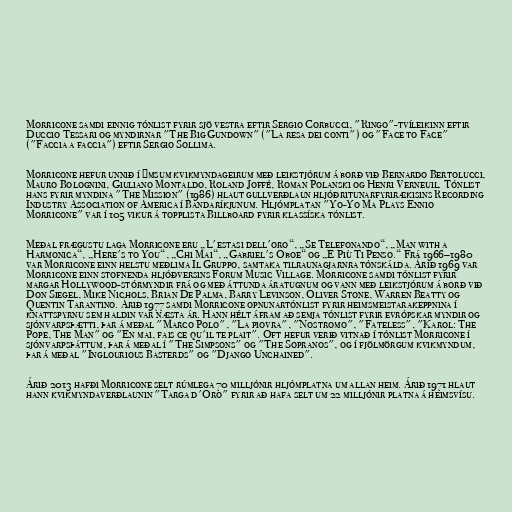
Morricone samdi einnig tónlist fyrir sjö vestra eftir Sergio Corbucci, "Ringo"-tvíleikinn eftir
Duccio Tessari og myndirnar "The Big Gundown" ("La resa dei conti") og "Face to Face"
("Faccia a faccia") eftir Sergio Sollima.

Morricone hefur unnið í ýmsum kvikmyndageirum með leikstjórum á borð við Bernardo Bertolucci,
Mauro Bolognini, Giuliano Montaldo, Roland Joffé, Roman Polanski og Henri Verneuil. Tónlist
hans fyrir myndina "The Mission" (1986) hlaut gullverðlaun hljóðritunarfyrirækisins Recording
Industry Association of America í Bandaríkjunum. Hljómplatan "Yo-Yo Ma Plays Ennio
Morricone" var í 105 vikur á topplista Billboard fyrir klassíska tónlist.

Meðal frægustu laga Morricone eru „L'estasi dell'oro“, „Se Telefonando“, „Man with a
Harmonica“, „Here's to You“, „Chi Mai“, „Gabriel's Oboe“ og „E Più Ti Penso.“ Frá 1966–1980
var Morricone einn helstu meðlima Il Gruppo, samtaka tilraunagjarnra tónskálda. Árið 1969 var
Morricone einn stofnenda hljóðversins Forum Music Village. Morricone samdi tónlist fyrir
margar Hollywood-stórmyndir frá og með áttunda áratugnum og vann með leikstjórum á borð við
Don Siegel, Mike Nichols, Brian De Palma, Barry Levinson, Oliver Stone, Warren Beatty og
Quentin Tarantino. Árið 1977 samdi Morricone opnunartónlist fyrir heimsmeistarakeppnina í
knattspyrnu sem haldin var næsta ár. Hann hélt áfram að semja tónlist fyrir evrópskar myndir og
sjónvarpsþætti, þar á meðal "Marco Polo", "La piovra", "Nostromo", "Fateless", "Karol: The
Pope, The Man" og "En mai, fais ce qu'il te plait". Oft hefur verið vitnað í tónlist Morricone í
sjónvarpsþáttum, þar á meðal í "The Simpsons" og "The Sopranos", og í fjölmörgum kvikmyndum,
þar á meðal "Inglourious Basterds" og "Django Unchained".

Árið 2013 hafði Morricone selt rúmlega 70 milljónir hljómplatna um allan heim. Árið 1971 hlaut
hann kvikmyndaverðlaunin "Targa d'Oro" fyrir að hafa selt um 22 milljónir platna á heimsvísu.